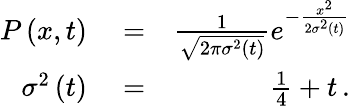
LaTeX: \begin{array}{rlr}{P\left(x,t\right)}&{{}=}&{\frac{1}{\sqrt{2\pi\sigma^{2}\left(t\right)}}e^{-\frac{x^{2}}{2\sigma^{2}\left(t\right)}}}\\ {\sigma^{2}\left(t\right)}&{{}=}&{\frac{1}{4}+t\, .}\end{array}